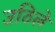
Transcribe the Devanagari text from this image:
उठिले